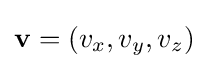
\mathbf {v} =(v_{x},v_{y},v_{z})